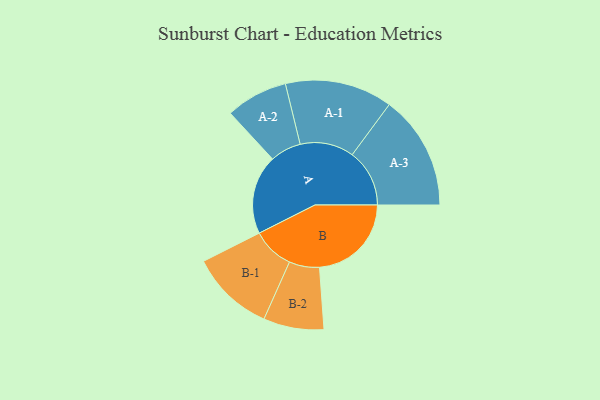
{"axis": {"x": "Segment", "y": "Value"}, "legend": ["", "A", "B"], "data": [{"x": "A", "y": 401, "type": ""}, {"x": "B", "y": 465, "type": ""}, {"x": "A-1", "y": 272, "type": "A"}, {"x": "A-2", "y": 157, "type": "A"}, {"x": "A-3", "y": 290, "type": "A"}, {"x": "B-1", "y": 212, "type": "B"}, {"x": "B-2", "y": 153, "type": "B"}]}